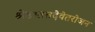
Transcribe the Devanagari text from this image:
श्रेष्ठस्तत्तदेवेतरोजन